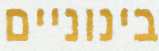
בינוניים